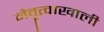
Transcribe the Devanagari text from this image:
नेतॄत्वाखाली